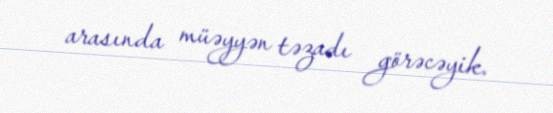
arasında müəyyən təzadı görəcəyik.